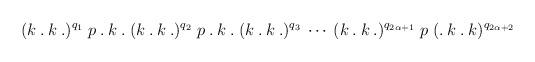
LaTeX: \begin{align*}(k \:.\: k \:.)^{q_1} \;p\:.\:k\:.\; (k\:.\:k\:.)^{q_2} \;p\:.\:k\:.\; (k\:.\:k\:.)^{q_3} \:\cdots\:(k\:.\:k\:.)^{q_{2\alpha+1}} \;p\; (.\:k\:.\:k)^{q_{2\alpha+2}}\end{align*}